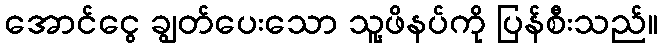
အောင်ငွေ ချွတ်ပေးသော သူ့ဖိနပ်ကို ပြန်စီးသည်။